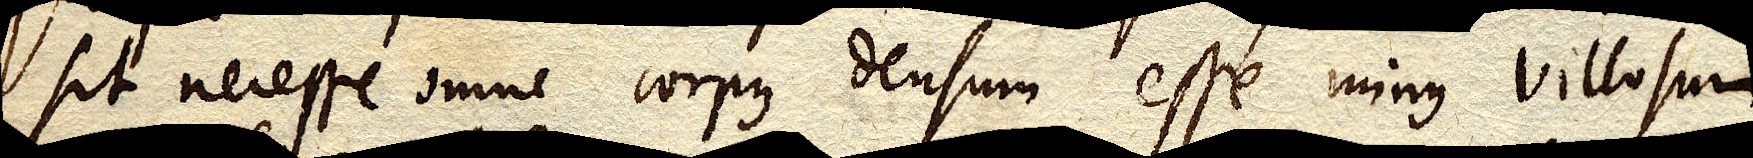
sit necesse omne corpus densum esse minus villosum